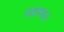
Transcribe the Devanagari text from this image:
दळण्यात